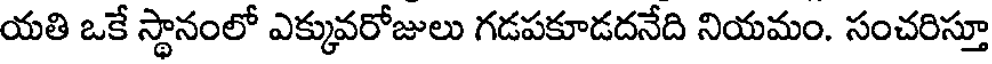
యతి ఒకే స్థానంలో ఎక్కువరోజులు గడపకూడదనేది నియమం. సంచరిస్తూ